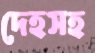
দেহসহ